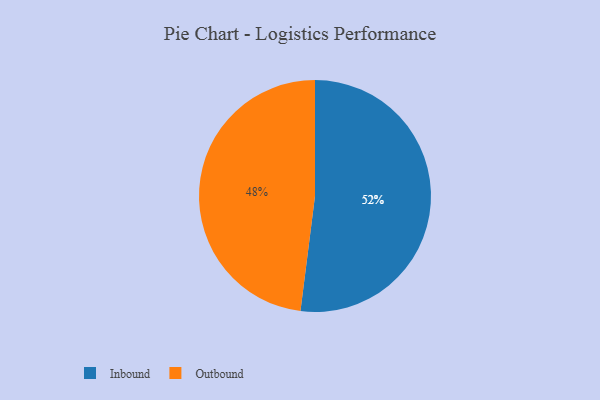
{"axis": {"x": "Category", "y": "Percentage"}, "legend": ["Inbound", "Outbound"], "data": [{"x": "Outbound", "y": 48, "type": "Outbound"}, {"x": "Inbound", "y": 52, "type": "Inbound"}]}